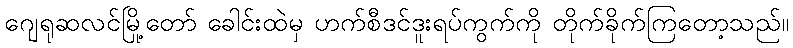
ဂျေရုဆလင်မြို့တော် ခေါင်းထဲမှ ဟက်စီဒင်ဒူးရပ်ကွက်ကို တိုက်ခိုက်ကြတော့သည်။